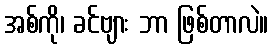
အစ်ကို၊ ခင်ဗျား ဘာ ဖြစ်တာလဲ။